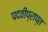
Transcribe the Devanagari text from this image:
पदवीप्राप्त